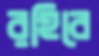
রহিবে